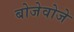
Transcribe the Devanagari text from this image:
बोजेवोजे